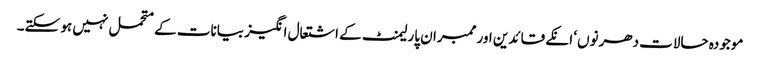
موجودہ حالات دھرنوں‘ انکے قائدین اور ممبران پارلیمنٹ کے اشتعال انگیز بیانات کے متحمل نہیں ہو سکتے۔